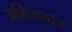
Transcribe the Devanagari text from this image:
अहिछछात्र